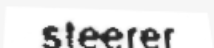
steerer